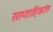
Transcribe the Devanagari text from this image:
साप्ताहिकांत